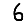
Digit: 6